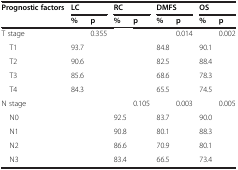
<table><thead><tr><td><b>Prognostic factors</b></td><td colspan="2"><b>LC</b></td><td colspan="2"><b>RC</b></td><td colspan="2"><b>DMFS</b></td><td colspan="2"><b>OS</b></td></tr><tr><td><b> </b></td><td><b>%</b></td><td><b>p</b></td><td><b>%</b></td><td><b>p</b></td><td><b>%</b></td><td><b>p</b></td><td><b>%</b></td><td><b>p</b></td></tr></thead><tbody><tr><td>T stage</td><td> </td><td>0.355</td><td> </td><td> </td><td> </td><td>0.014</td><td> </td><td>0.002</td></tr><tr><td> T1</td><td>93.7</td><td rowspan="4"> </td><td> </td><td> </td><td>84.8</td><td rowspan="4"> </td><td>90.1</td><td rowspan="4"> </td></tr><tr><td> T2</td><td>90.6</td><td> </td><td> </td><td>82.5</td><td>88.4</td></tr><tr><td> T3</td><td>85.6</td><td> </td><td> </td><td>68.6</td><td>78.3</td></tr><tr><td> T4</td><td>84.3</td><td> </td><td> </td><td>65.5</td><td>74.5</td></tr><tr><td>N stage</td><td> </td><td> </td><td> </td><td>0.105</td><td> </td><td>0.003</td><td> </td><td>0.005</td></tr><tr><td> N0</td><td> </td><td> </td><td>92.5</td><td rowspan="3"> </td><td>83.7</td><td rowspan="3"> </td><td>90.0</td><td rowspan="3"> </td></tr><tr><td> N1</td><td> </td><td> </td><td>90.8</td><td>80.1</td><td>88.3</td></tr><tr><td> N2</td><td> </td><td> </td><td>86.6</td><td>70.9</td><td>80.1</td></tr><tr><td> N3</td><td> </td><td> </td><td>83.4</td><td> </td><td>66.5</td><td> </td><td>73.4</td><td> </td></tr></tbody></table>